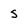
Character: s